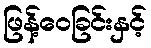
ဖြန့်ဝေခြင်းနှင့်